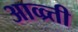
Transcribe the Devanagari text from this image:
आव्व्र्त्ती